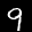
Label: 9